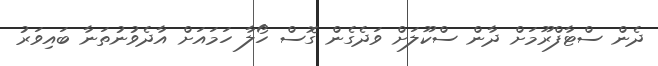
ދެން ސްޓާފްރޫމަށް ދާން ސްކޫލަށް ވަދެގެން ގޮސް ހޯލާ ހަމައަށް އާދެވުނުތަނާ ބައިވަރު